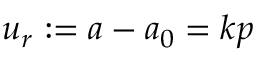
u _ { r } : = a - a _ { 0 } = k p